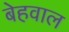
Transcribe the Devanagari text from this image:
बेहवाल